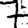
Digit: 7